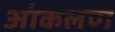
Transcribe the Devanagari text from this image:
आंकलण